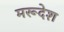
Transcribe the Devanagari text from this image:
मरूदेश